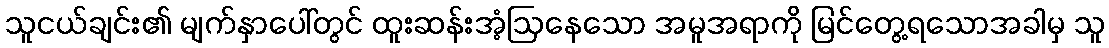
သူငယ်ချင်း၏ မျက်နှာပေါ်တွင် ထူးဆန်းအံ့ဩနေသော အမူအရာကို မြင်တွေ့ရသောအခါမှ သူ